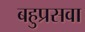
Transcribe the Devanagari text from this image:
बहुप्रसवा